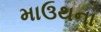
માઉથના